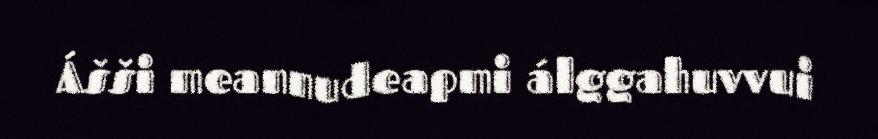
Ášši meannudeapmi álggahuvvui